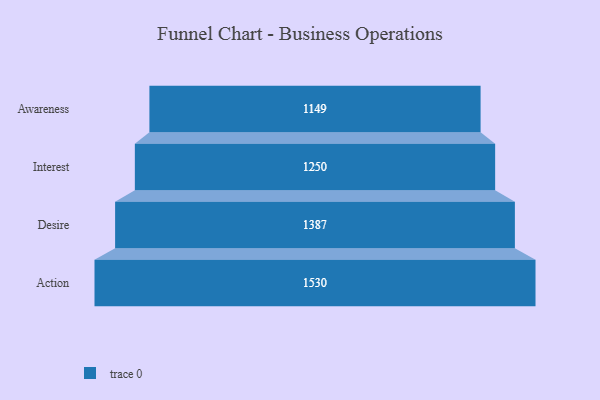
{"axis": {"x": "Stage", "y": "Value"}, "legend": [""], "data": [{"x": "Awareness", "y": 1149.0, "type": ""}, {"x": "Interest", "y": 1250.0, "type": ""}, {"x": "Desire", "y": 1387.0, "type": ""}, {"x": "Action", "y": 1530.0, "type": ""}]}